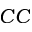
C C